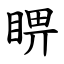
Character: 睤